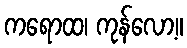
ကရောထ၊ ကုန်လော့။